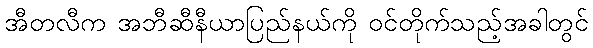
အီတလီက အဘီဆီနီယာပြည်နယ်ကို ဝင်တိုက်သည့်အခါတွင်